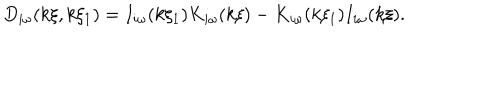
LaTeX: D _ { i \omega } ( k \xi , k \xi _ { 1 } ) = I _ { i \omega } ( k \xi _ { 1 } ) K _ { i \omega } ( k \xi ) - K _ { i \omega } ( k \xi _ { 1 } ) I _ { i \omega } ( k \xi ) .